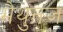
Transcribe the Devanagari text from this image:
मैथुनज